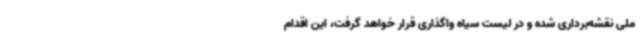
ملی نقشه‌برداری شده و در لیست سیاه واگذاری قرار خواهد گرفت، این اقدام